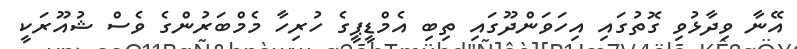
އޭނާ ވިދާޅުވި ގޮތުގައި އިހަވަންދޫގައި ތިބި އެމްޑީޕީގެ ހުރިހާ މެމްބަރުންގެ ވެސް ޝުއޫރަކީ